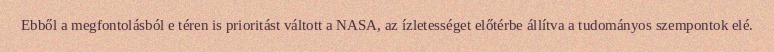
Ebből a megfontolásból e téren is prioritást váltott a NASA, az ízletességet előtérbe állítva a tudományos szempontok elé.